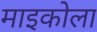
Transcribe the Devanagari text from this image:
माइकोला